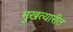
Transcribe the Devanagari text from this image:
मुखत्यारीत